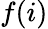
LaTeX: f(i)